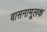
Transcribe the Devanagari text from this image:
वासनामूलक